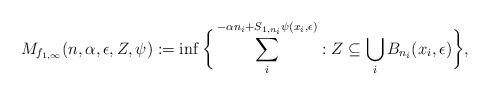
LaTeX: \begin{align*}M_{f_{1,\infty}}(n,\alpha,\epsilon,Z,\psi):=\inf\bigg\{\sum_{i}^{-\alpha n_{i}+S_{1,n_{i}}\psi(x_{i},\epsilon)}:Z\subseteq\bigcup_{i}B_{n_{i}}(x_{i},\epsilon)\bigg\},\end{align*}